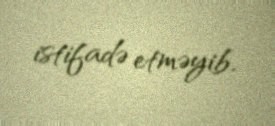
istifadə etməyib.